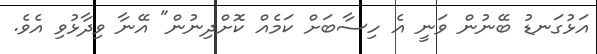
އަޅުގަނޑު ބޭނުން ވަނީ އެ ހިސާބަށް ކަމެއް ކޮށްދިނުން" އޭނާ ވިދާޅުވި އެވެ.